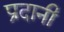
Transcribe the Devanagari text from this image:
प्रदानी